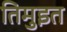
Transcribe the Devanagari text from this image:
तिमुइत